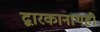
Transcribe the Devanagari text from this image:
द्वारकानाथही